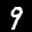
Label: 9